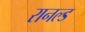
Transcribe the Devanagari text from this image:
रानल्ड